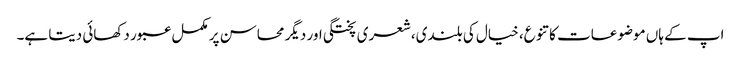
اپ کے ہاں موضوعات کا تنوع، خیال کی بلندی،شعری پختگی اور دیگر محاسن پر مکمل عبور دکھائی دیتا ہے۔